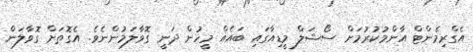
އެގްރިމެންޓް އާންމުކުރުމަށް ސޯޝަލް މީޑިއާގައި ބައެއް މީހުން ދަނީ ގޮވާލަމުންނެވެ. އެގޮތަށް ގޮވާލަން